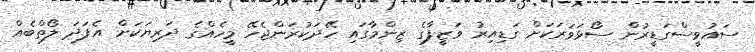
ސައުވީސްގަޑީރުން ސޯޅަވަރަކަށް ގަޑިއިރު ވަޒީފާގެ ޒިންމާގައި ހޭދަކުރަންޖެހޭ މީހެއްގެ ދަރިޔަކަށް އެފަދަ ލޯތްބެއް